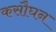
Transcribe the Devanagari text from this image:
कसौघन